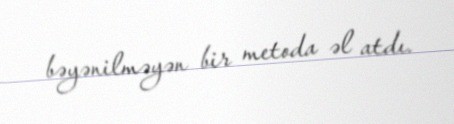
bəyənilməyən bir metoda əl atdı.